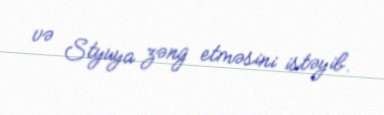
və Styuya zəng etməsini istəyib.